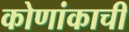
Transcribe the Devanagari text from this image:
कोणांकाची